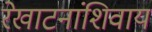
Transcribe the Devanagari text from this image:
रेखाटनांशिवाय